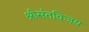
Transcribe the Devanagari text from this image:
श्रीसंतविजय